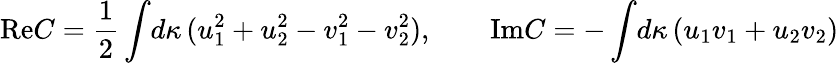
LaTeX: \mathrm{Re}C={\frac{1}{2}}\int\! d\kappa\, (u_{1}^{2}+u_{2}^{2}-v_{1}^{2}-v_{2}^{2}),\qquad\mathrm{Im}C=-\int\! d\kappa\, (u_{1}v_{1}+u_{2}v_{2})